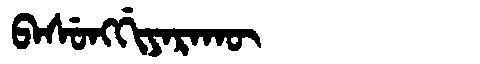
Manchu: ᠪᠠᠰᡠᠩᡤᡳᠶᠠᡵᠠᡴᡡ
Romanization: BASUNGGIYARAKŪ